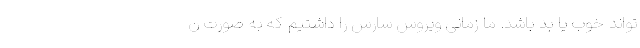
‌تواند خوب یا بد باشد. ما زمانی ویروس سارس را داشتیم که به صورت ن